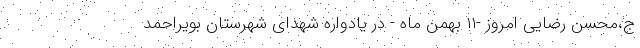
ج،محسن رضایی امروز -۱۱ بهمن ماه - در یادواره شهدای شهرستان بویراحمد